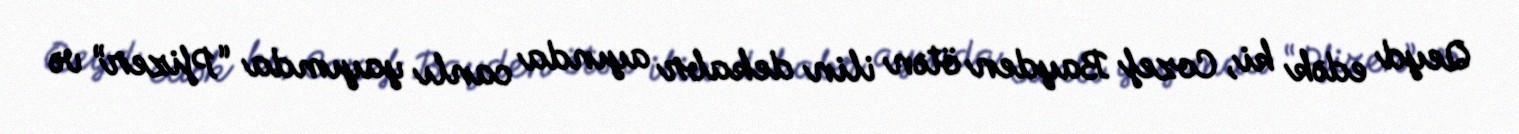
Qeyd edək ki, Cozef Bayden ötən ilin dekabr ayında canlı yayımda “Pfizer” və